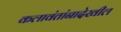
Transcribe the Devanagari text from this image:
कलावंतांनादेखील